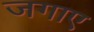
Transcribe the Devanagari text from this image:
जगाए